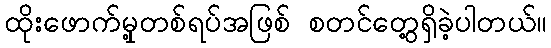
ထိုးဖောက်မှု့တစ်ရပ်အဖြစ် စတင်တွေ့ရှိခဲ့ပါတယ်။